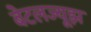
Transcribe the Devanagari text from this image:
बेटलज्यूझ